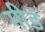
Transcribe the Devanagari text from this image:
मीडं